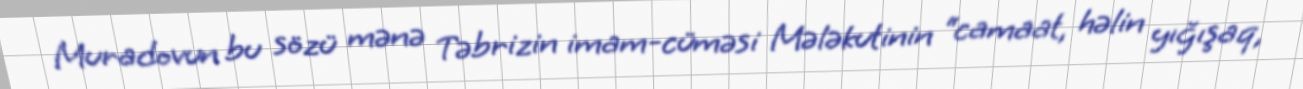
Muradovun bu sözü mənə Təbrizin imam-cüməsi Mələkutinin “camaat, həlin yığışaq,